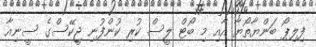
ފިލިޕޯ ބަންޔާތޯޔާ އާއި މި ބޯޓް ލީސް ކުރި ކުންފުނި ޖީކޭސްގެ ސީނިއާ